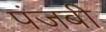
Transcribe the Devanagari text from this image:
पंजबी